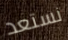
نستعد